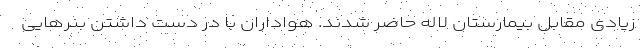
زیادی مقابل بیمارستان لاله حاضر شدند. هواداران با در دست داشتن بنرهایی